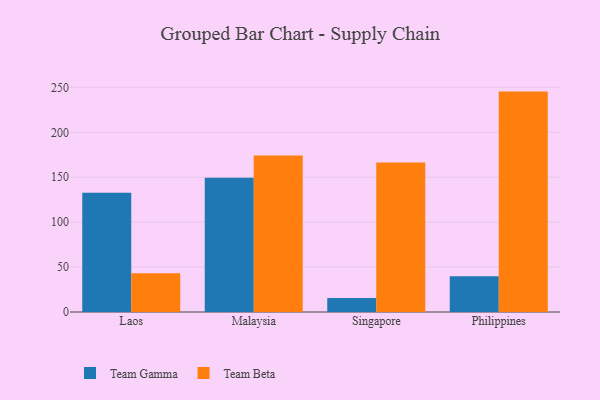
{"axis": {"x": "Country", "y": "Headcount"}, "legend": ["Team Beta", "Team Gamma"], "data": [{"x": "Laos", "y": 132.6, "type": "Team Gamma"}, {"x": "Laos", "y": 43.2, "type": "Team Beta"}, {"x": "Malaysia", "y": 149.3, "type": "Team Gamma"}, {"x": "Malaysia", "y": 174.2, "type": "Team Beta"}, {"x": "Singapore", "y": 15.7, "type": "Team Gamma"}, {"x": "Singapore", "y": 166.3, "type": "Team Beta"}, {"x": "Philippines", "y": 39.7, "type": "Team Gamma"}, {"x": "Philippines", "y": 245.3, "type": "Team Beta"}]}